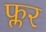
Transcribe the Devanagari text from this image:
फ्लर